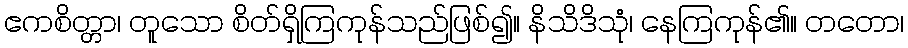
ဧကစိတ္တာ၊ တူသော စိတ်ရှိကြကုန်သည်ဖြစ်၍။ နိသိဒိသုံ၊ နေကြကုန်၏။ တတော၊